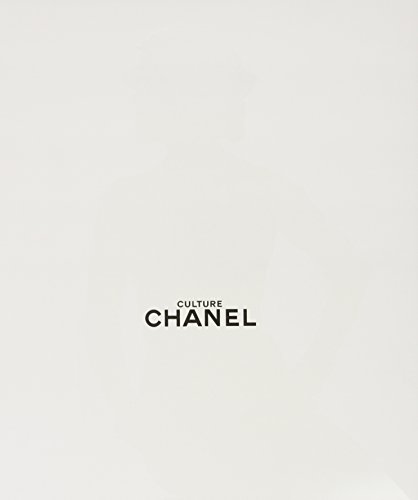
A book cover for Culture Chanel; FranÃ§oise Claire Prodhon; Arts & Photography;